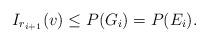
LaTeX: \begin{align*}I_{r_{i+1}}(v)\le P(G_i)=P(E_i).\end{align*}